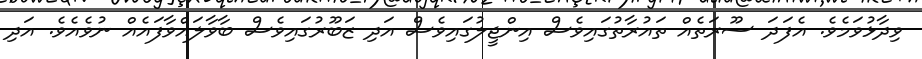
ވިދާޅުވަމެވެ. އެފަދަ ސޫރަތެއް ތައުރާތުގައިވެސް އިންޖީލުގައިވެސް އަދި ޒަބޫރުގައިވެސް ބާވާލައްވާފައެއް ނުވެއެވެ. އަދި